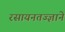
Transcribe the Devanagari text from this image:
रसायनतज्ज्ञाने